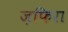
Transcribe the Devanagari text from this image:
ज़फिरा